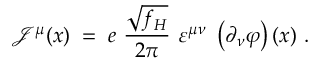
{ \mathcal J } ^ { \mu } ( x ) \; = \; e ~ \frac { \sqrt { f _ { H } } } { 2 \pi } ~ \varepsilon ^ { \mu \nu } ~ \left( \partial _ { \nu } \varphi \right) ( x ) ~ .